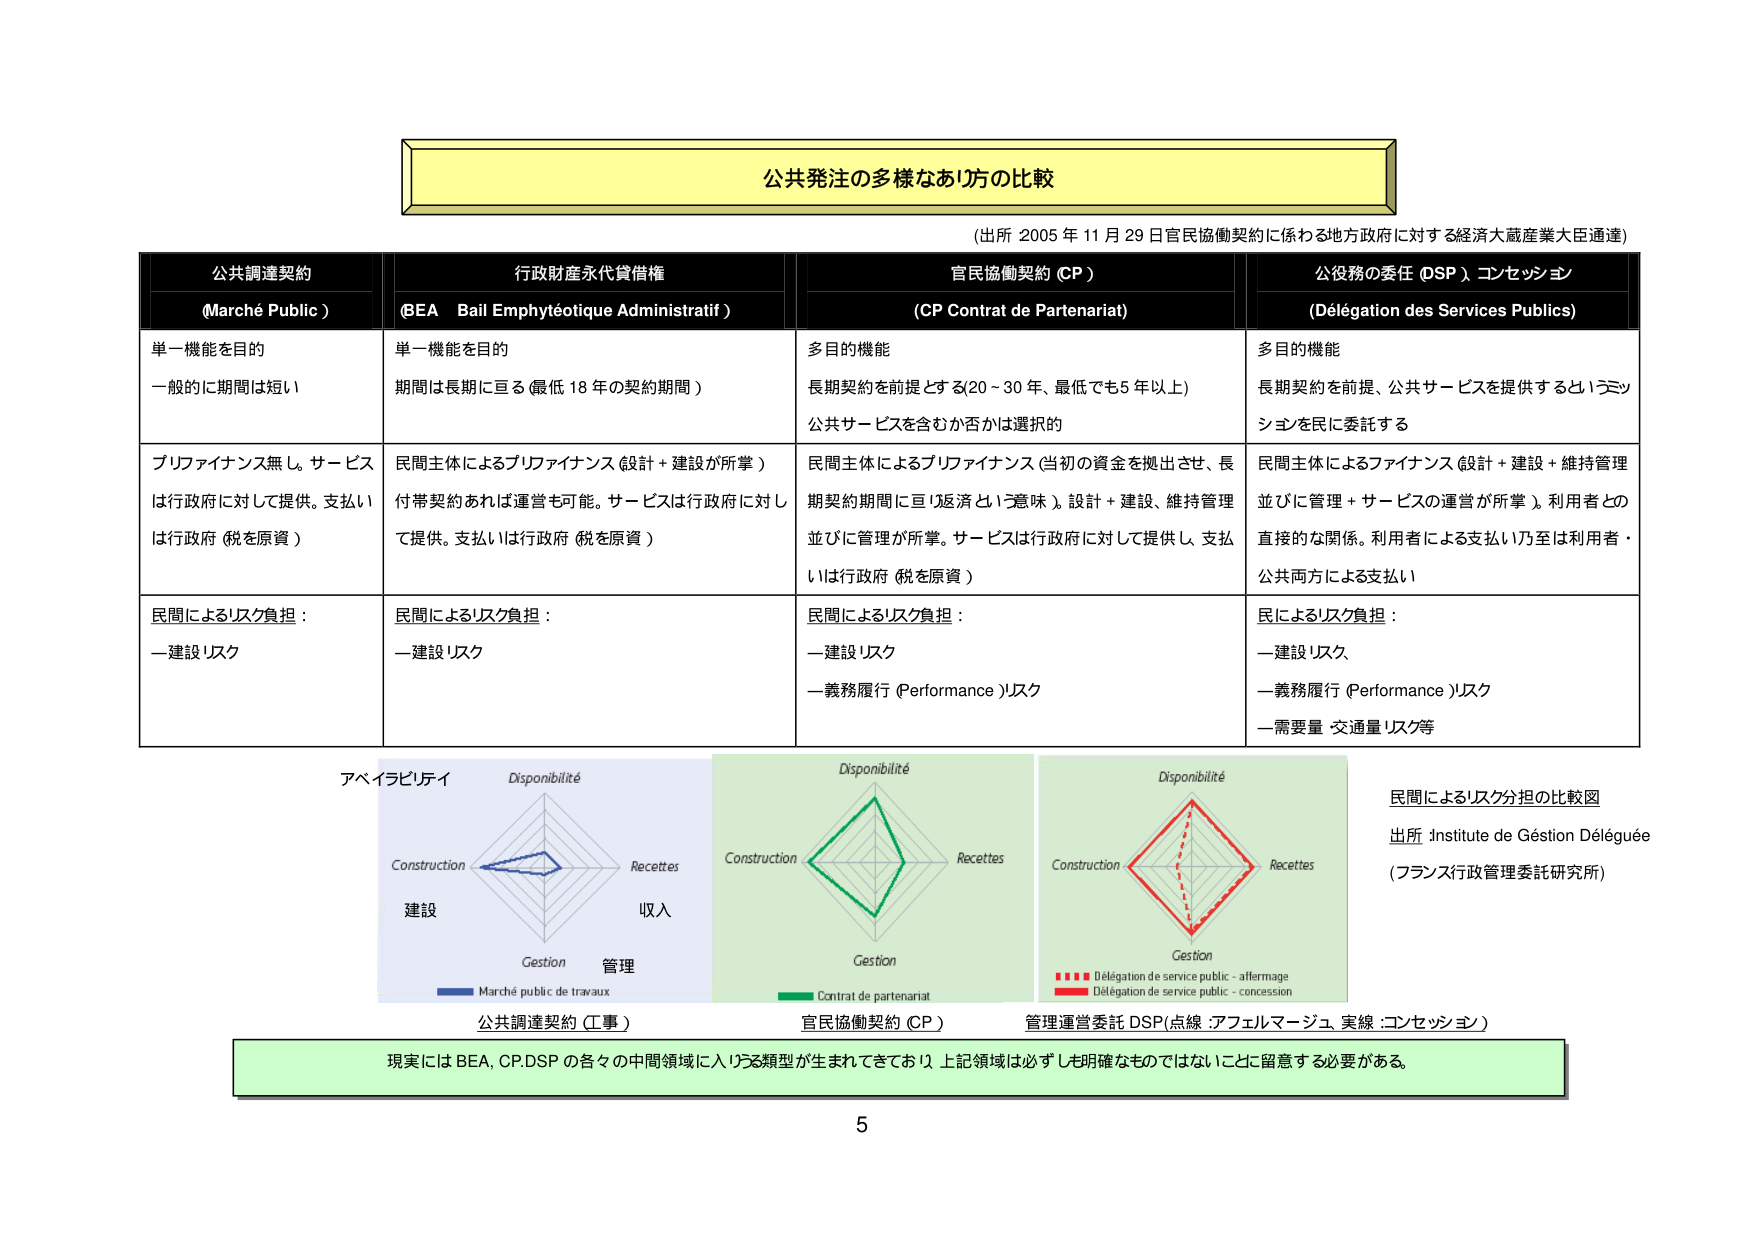
公共発注の多様なあり方の比較
(出所 2005 年 11 月 29 日官民協働契約に係わる地方政府に対する経済大蔵産業大臣通達)

公共調達契約
(Marché Public)

行政財産永代貸借権
(BEA Bail Emphytéotique Administratif)

官民協働契約 (CP)
(CP Contrat de Partenariat)

公役務の委託 (DSP) コンセッション
(Délégation des Services Publics)

単一機能を目的
一般的に期間は短い

単一機能を目的
期間は長期に亘る (最低 18 年の契約期間)

多目的機能
長期契約を前提とする (20～30 年、最低でも 5 年以上)
公共サービスを含むか否かは選択的

多目的機能
長期契約を前提、公共サービスを提供するというミッションを民に委託する

ブリファイナンス無し。サービスは行政府に対して提供。支払いは行政府 (税を原資)

民間主体によるブリファイナンス (設計＋建設が所掌)
付帯契約あれば運営も可能。サービスは行政府に対して提供。支払いは行政府 (税を原資)

民間主体によるブリファイナンス (当初の資金を拠出させ、長期契約期間に亘り返済という意味)。設計＋建設、維持管理並びに管理が所掌。サービスは行政府に対して提供し、支払いは行政府 (税を原資)

民間主体によるファイナンス (設計＋建設＋維持管理並びに管理＋サービスの運営が所掌)。利用者との直接的な関係。利用者による支払い乃至は利用者・公共両方による支払い

民間によるリスク負担：
—建設リスク

民間によるリスク負担：
—建設リスク

民間によるリスク負担：
—建設リスク
—義務履行 (Performance) リスク

民によるリスク負担：
—建設リスク
—義務履行 (Performance) リスク
—需要量・交通量リスク等

アベイラビリティ
Disponibilité
Construction
Recettes
Gestion
建設
管理
収入
Marché public de travaux
公共調達契約 (工事)

Disponibilité
Construction
Recettes
Gestion
Contrat de partenariat
官民協働契約 (CP)

Disponibilité
Construction
Recettes
Gestion
■■■ Délégation de service public - affermage
■■■ Délégation de service public - concession
管理運営委託 DSP (点線：アフェルマージュ、実線：コンセッション)

民間によるリスク分担の比較図
出所：Institute de Gestion Déléguée
(フランス行政管理委託研究所)

現実には BEA, CP, DSP の各々の中間領域に入りうる類型が生まれてきており、上記領域は必ずしも明確なものではないことに留意する必要がある。

5